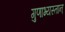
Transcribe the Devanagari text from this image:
गुणाभ्यस्तान्